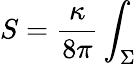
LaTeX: S=\frac{\kappa}{8\pi}\int_{\Sigma}